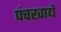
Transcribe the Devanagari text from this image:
पंचखाद्ये